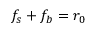
f _ { s } + f _ { b } = r _ { 0 }